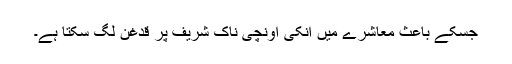
جسکے باعث معاشرے میں انکی اونچی ناک شریف پر قدغن لگ سکتا ہے۔